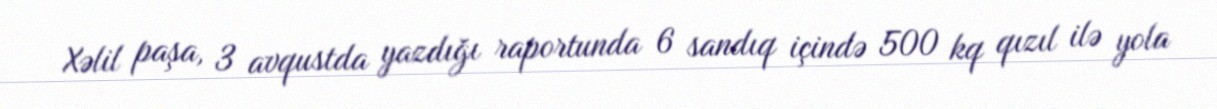
Xəlil paşa, 3 avqustda yazdığı raportunda 6 sandıq içində 500 kq qızıl ilə yola